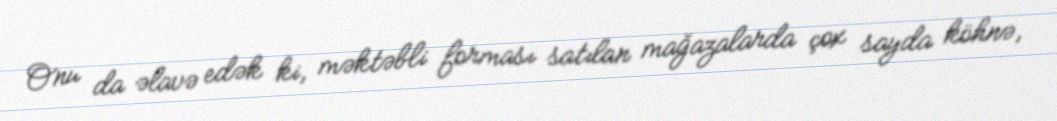
Onu da əlavə edək ki, məktəbli forması satılan mağazalarda çox sayda köhnə,